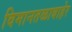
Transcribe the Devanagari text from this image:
विमानतळाबाहेर